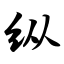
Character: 纵